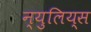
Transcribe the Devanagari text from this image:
न्युलिय्स